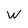
Character: W